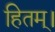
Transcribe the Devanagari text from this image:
हितम्।